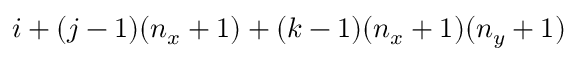
i + ( j - 1 ) ( n _ { x } + 1 ) + ( k - 1 ) ( n _ { x } + 1 ) ( n _ { y } + 1 )